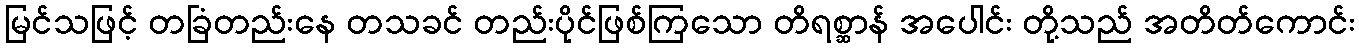
မြင်သဖြင့် တခြံတည်းနေ တသခင် တည်းပိုင်ဖြစ်ကြသော တိရစ္ဆာန် အပေါင်း တို့သည် အတိတ်ကောင်း